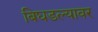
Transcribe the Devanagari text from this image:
बिघडल्यावर